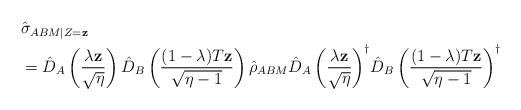
LaTeX: \begin{align*}&\hat{\sigma}_{ABM|Z=\mathbf{z}}\\&= \hat{D}_A\left(\frac{\lambda\mathbf{z}}{\sqrt{\eta}}\right)\hat{D}_B\left(\frac{(1-\lambda)T\mathbf{z}}{\sqrt{\eta-1}}\right)\hat{\rho}_{ABM} {\hat{D}_A\left(\frac{\lambda\mathbf{z}}{\sqrt{\eta}}\right)}^\dag{\hat{D}_B\left(\frac{(1-\lambda)T\mathbf{z}}{\sqrt{\eta-1}}\right)}^\dag\end{align*}